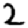
Digit: 2